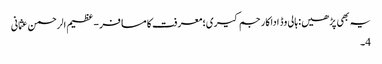
یہ بھی پڑھیں: ہالی وڈ اداکار جم کیری؛ معرفت کا مسافر - عظیم الرحمن عثمانی
4۔